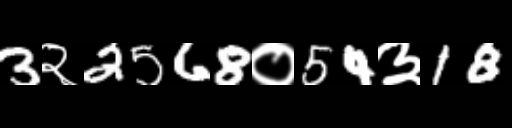
Text: 3२2568०54३18